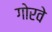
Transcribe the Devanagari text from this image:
गोरवे